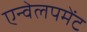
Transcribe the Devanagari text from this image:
एन्वेलपमेंट